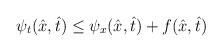
LaTeX: \begin{align*}\psi_t(\hat{x},\hat{t})\le \psi_x(\hat{x},\hat{t})+f(\hat{x},\hat{t})\quad\end{align*}